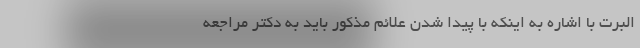
البرت با اشاره به اینکه با پیدا شدن علائم مذکور باید به دکتر مراجعه